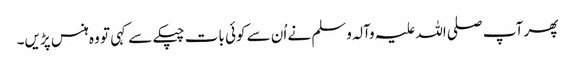
پھر آپ صلی اللہ علیہ وآلہ وسلم نے اُن سے کوئی بات چپکے سے کہی تو وہ ہنس پڑیں۔